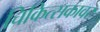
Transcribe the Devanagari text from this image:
चिकित्सकावर